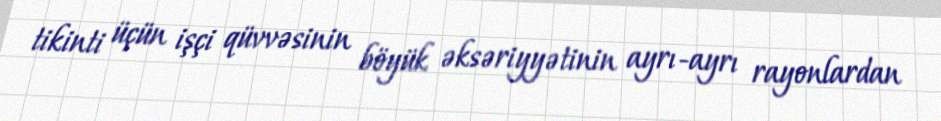
tikinti üçün işçi qüvvəsinin böyük əksəriyyətinin ayrı-ayrı rayonlardan